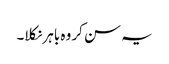
یہ سن کر وہ باہر نکلا۔